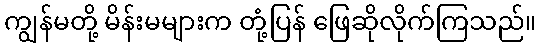
ကျွန်မတို့ မိန်းမများက တုံ့ပြန် ဖြေဆိုလိုက်ကြသည်။